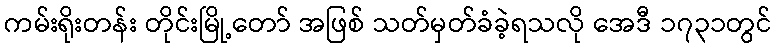
ကမ်းရိုးတန်း တိုင်းမြို့တော် အဖြစ် သတ်မှတ်ခံခဲ့ရသလို အေဒီ ၁၇၃၁တွင်